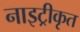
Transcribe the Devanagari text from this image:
नाइट्रीकृत